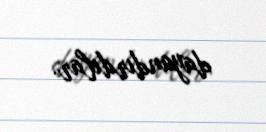
dayandırdılar.